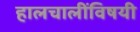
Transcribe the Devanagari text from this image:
हालचालींविषयी